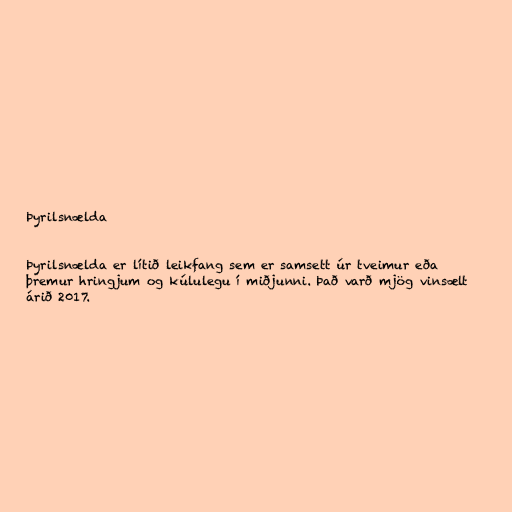
Þyrilsnælda

Þyrilsnælda er lítið leikfang sem er samsett úr tveimur eða
þremur hringjum og kúlulegu í miðjunni. Það varð mjög vinsælt
árið 2017.